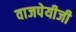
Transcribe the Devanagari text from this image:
वाजपेयीजी